Report on plague and inoculation in the Punjab from October 1st ... to September 30th..., being the ... season of plague in the province
Disease focus: Plague
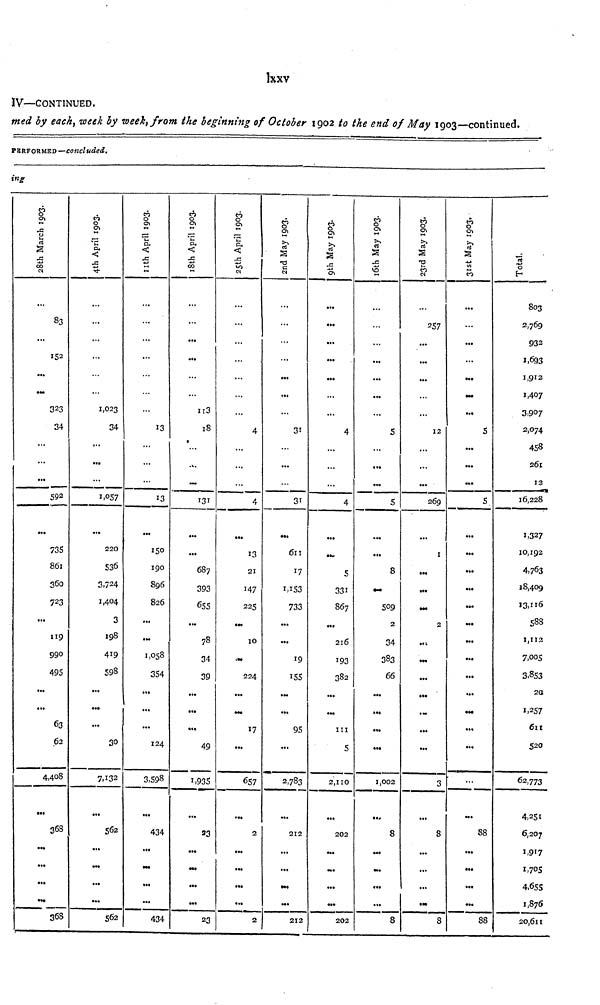
lxxv
IV—CONTINUED.
med by each, week by week, from the beginning of October 1902 to the end of May 1903—continued.
PERFORMED—concluded,
ing
28th March 1903.
83
• ••
152
...
...
323
34
...
735
861
360
723
...
119
990
495
...
63
62
4,408
•••
...
...
4th April 1903.
...
...
1,023
34
• ••
...
1,057
220
536
3,724
1,404
3
198
419
598
...
•••
...
30
7,132
562
...
Ml
...
...
562
11th April 1903.
...
13
...
13
150
190
896
826
...
1,058
354
...
...
...
124
3,598
434
...
...
...
434
18th April 1903.
...
...
...
113
18
131
...
687
393
655
• >•
78
34
39
...
...
49
1,935
23
...
...
...
...
23
25th April 1903.
...
4
• **
4
13
21
147
225
10
224
• ••
17
...
657
2
...
...
...
...
2
2nd May 1903.
...
...
31
...
...
31
...
611
17
1,153
733
...
...
19
155
95
...
2,783
212
...
...
212
9th May 1903.
...
...
...
...
4
4
5
331
867
216
193
382
...
111
5
2,110
202
...
...
...
202
16th May 1903.
...
...
...
...
...
5
...
...
5
...
8
509
2
34
383
66
...
...
...
...
1,002
8
...
...
8
23rd May 1903.
257
...
...
...
...
...
12
...
269
I
...
...
2
...
•••
...
...
3
8
...
...
...
8
31st May 1903.
...
...
...
...
5
...
...
5
...
...
...
...
...
...
...
...
...
88
...
...
...
...
88
Total.
803
2,769
932
1,693
1,912
1,407
3,907
2,074
458
261
12
16,228
1,327
10,192
4,763
18,409
13,116
588
1,112
7,005
3,853
2a
1,257
611
520
62,773
4,251
6,207
1,917
1,705
4,655
1,876
20,611